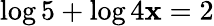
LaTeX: \log5+\log4\mathbf{x}=2